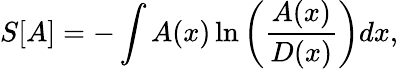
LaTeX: S[A]=-\int A(x)\ln\left(\frac{A(x)}{D(x)}\right)dx,